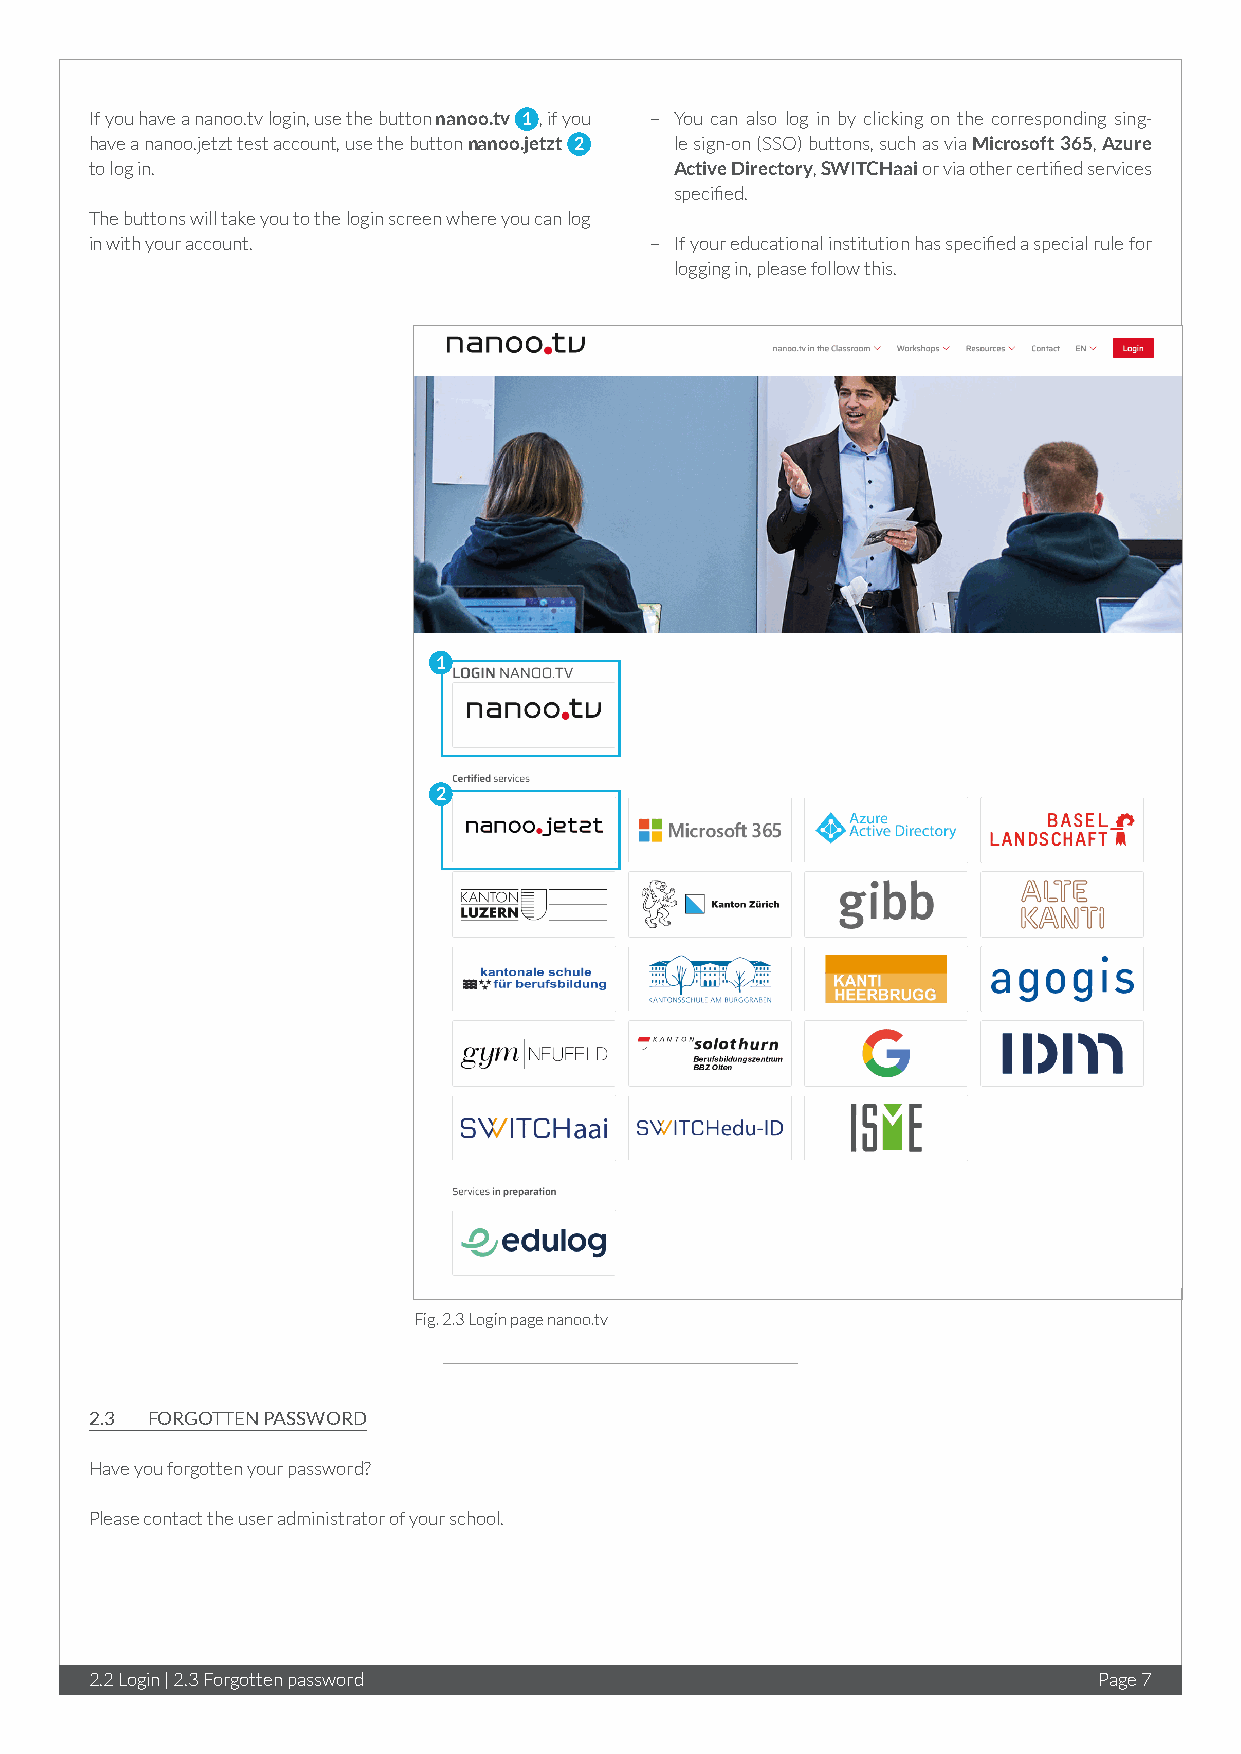
If you have a nanoo.tv login, use the button nanoo.tv 1 , if you – You can also log in by clicking on the corresponding sing-
 have a nanoo.jetzt test account, use the button nanoo.jetzt 2 le sign-on (SSO) buttons, such as via Microsoft 365, Azure
 to log in.                             Active Directory, SWITCHaai or via other certified services
 specified.
 The buttons will take you to the login screen where you can log
 in with your account.                – If your educational institution has specified a special rule for
 logging in, please follow this.
 1
 2
 Fig. 2.3 Login page nanoo.tv
 2.3 FORGOTTEN PASSWORD
 Have you forgotten your password?
 Please contact the user administrator of your school.
 2.2 Login | 2.3 Forgotten password                                 Page 7